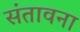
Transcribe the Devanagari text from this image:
संतावना